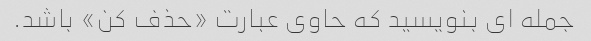
جمله ای بنویسید که حاوی عبارت «حذف کن» باشد.